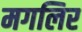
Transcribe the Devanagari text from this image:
मगलिर